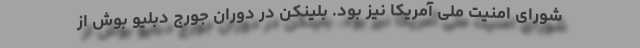
شورای امنیت ملی آمریکا نیز بود. بلینکن در دوران جورج دبلیو بوش از